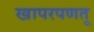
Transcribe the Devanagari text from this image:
खापरपणतू